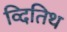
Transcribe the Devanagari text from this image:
व्दितिथ